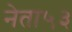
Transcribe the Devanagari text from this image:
नेता५३